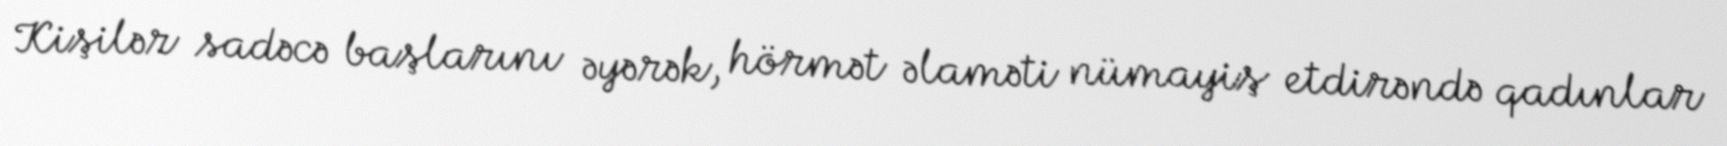
Kişilər sadəcə başlarını əyərək, hörmət əlaməti nümayiş etdirəndə qadınlar